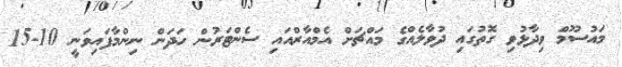
މައުސޫމް ވިދާޅުވި ގޮތުގައި ދުވާލެއްގެ މައްޗަށް އެމްއާރްއައި ސެންޓަރުން ހަދަން ނިންމާފައިވަނީ 10-15